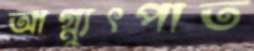
আগ্ন্যুৎপাত